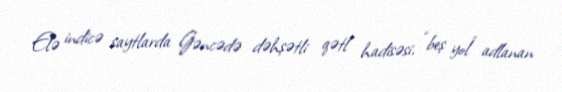
Elə indicə saytlarda Gəncədə dəhşətli qətl hadisəsi, “beş yol” adlanan